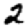
Digit: 2